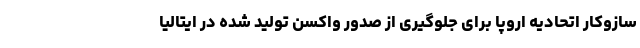
سازوکار اتحادیه اروپا برای جلوگیری از صدور واکسن تولید شده در ایتالیا